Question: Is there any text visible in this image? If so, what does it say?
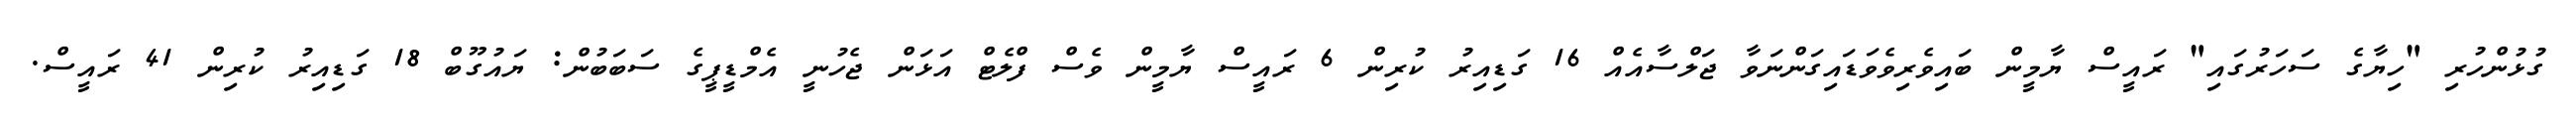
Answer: ގުޅުންހުރި "ހިޔާގެ ސަހަރުގައި" ރައީސް ޔާމީން ބައިވެރިވެވަޑައިގަންނަވާ ޖަލްސާއެއް 16 ގަޑިއިރު ކުރިން 6 ރައީސް ޔާމީން ވެސް ފްލެޓް އަޅަން ޖެހުނީ އެމްޑީޕީގެ ސަބަބުން: ޔައުގޫބް 18 ގަޑިއިރު ކުރިން 41 ރައީސް.